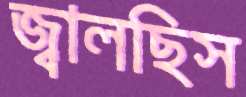
জ্বালছিস